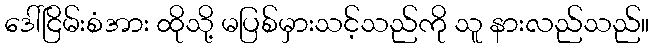
ဒေါ်ငြိမ်းစံအား ထိုသို့ မပြစ်မှားသင့်သည်ကို သူ နားလည်သည်။